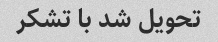
تحویل شد با تشکر